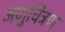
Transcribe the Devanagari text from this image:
अणुचित्रण